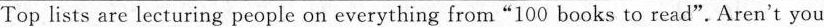
Top lists are lecturing people on everything from"100 books to read". Aren't you